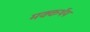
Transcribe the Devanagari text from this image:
मक्कर्थेय